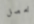
نحصل